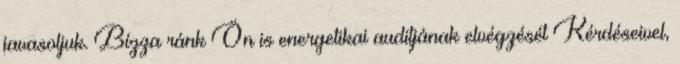
javasoljuk. Bízza ránk Ön is energetikai auditjának elvégzését Kérdéseivel,